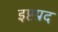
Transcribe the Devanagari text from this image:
इष्टप्रद